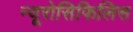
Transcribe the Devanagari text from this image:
न्यूरोसिफिलिस